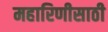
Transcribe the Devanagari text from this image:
महारिणीसाठी